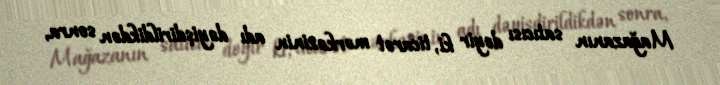
Mağazanın satıcısı deyir ki, ticarət mərkəzinin adı dəyişdirildikdən sonra,